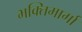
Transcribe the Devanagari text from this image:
भक्तिमार्गा